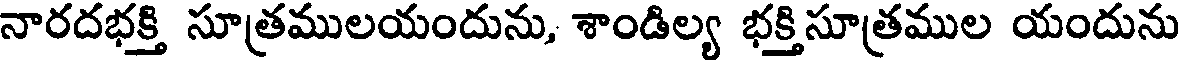
నారదభక్తి సూత్రములయందును, శాండిల్య భక్తిసూత్రముల యందును